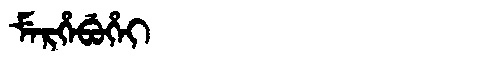
Manchu: ᠮᡝᡵᡥᡝᠪᡠᡥᡝᡳ
Romanization: MERHEBUHEI